Madras plague regulations and rules - Volume 2
Disease focus: Plague
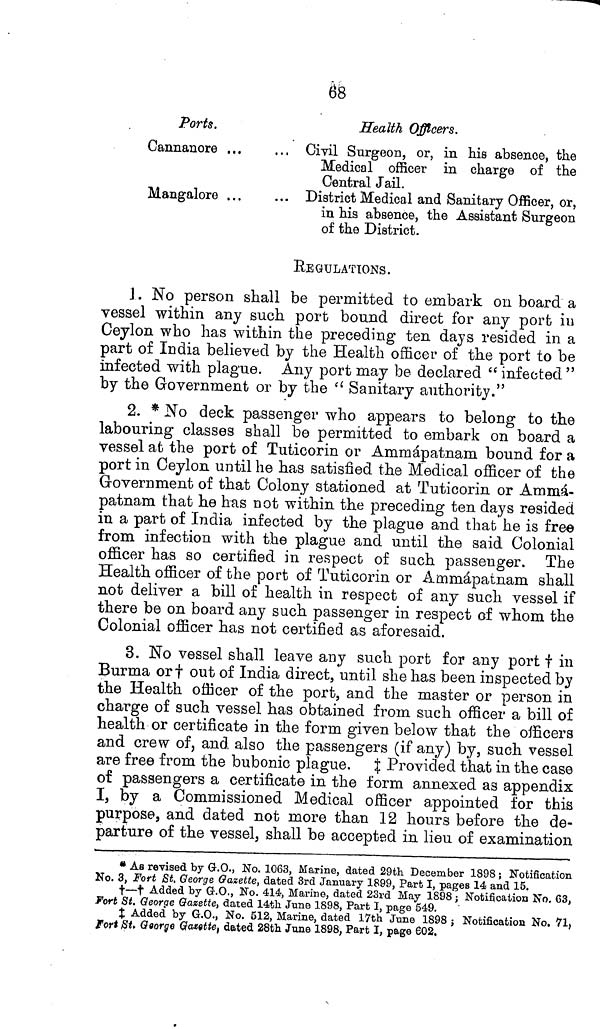
68
Ports.
Cannanore ...
Mangalore ...
Health Officers.
Civil Surgeon, or, in his absence, the
Medical officer in charge of the
Central Jail.
District Medical and Sanitary Officer, or,
in his absence, the Assistant Surgeon
of the District.
REGULATIONS.
1. No person shall be permitted to embark on board a
vessel within any such port bound direct for any port in
Ceylon who has within the preceding ten days resided in a
part of India believed by the Health officer of the port to be
infected with plague. Any port may be declared " infected "
by the Government or by the " Sanitary authority."
2. * No deck passenger who appears to belong to the
labouring classes shall be permitted to embark on board a
vessel at the port of Tuticorin or Ammápatnam bound for a
port in Ceylon until he has satisfied the Medical officer of the
Government of that Colony stationed at Tuticorin or Ammá-
patnam that he has not within the preceding ten days resided
in a part of India infected by the plague and that he is free
from infection with the plague and until the said Colonial
officer has so certified in respect of such passenger. The
Health officer of the port of Tuticorin or Ammápatnam shall
not deliver a bill of health in respect of any such vessel if
there be on board any such passenger in respect of whom the
Colonial officer has not certified as aforesaid.
3. No vessel shall leave any such port for any port † in
Burma or † out of India direct, until she has been inspected by
the Health officer of the port, and the master or person in
charge of such vessel has obtained from such officer a bill of
health or certificate in the form given below that the officers
and crew of, and also the passengers (if any) by, such vessel
are free from the bubonic plague. ‡ Provided that in the case
of passengers a certificate in the form annexed as appendix
I, by a Commissioned Medical officer appointed for this
purpose, and dated not more than 12 hours before the de-
parture of the vessel, shall be accepted in lieu of examination
* As revised by G.O., No. 1063, Marine, dated 29th December 1898 ; Notification
No. 3, Fort St. George Gazette, dated 3rd January 1899, Part I, pages 14 and 15.
†—† Added by G.O., No. 414, Marine, dated 23rd May 1898 ; Notification No. 63,
Fort St. George Gazette, dated 14th June 1898, Part I, page 549.
‡ Added by G.O., No. 512, Marine, dated 17th June 1898 ; Notification No. 71,
Fort St. George Garette, dated 28th June 1898, Part I, page 602.